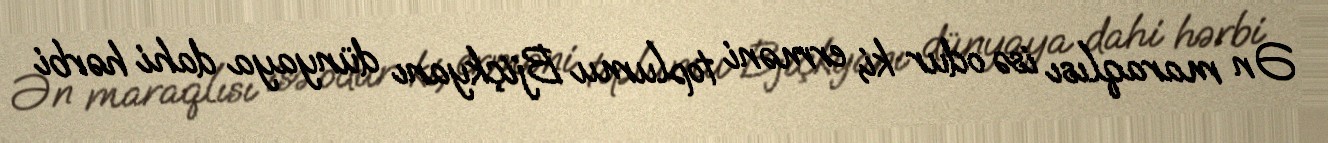
Ən maraqlısı isə odur ki, erməni toplumu Bjiçkyanı dünyaya dahi hərbi